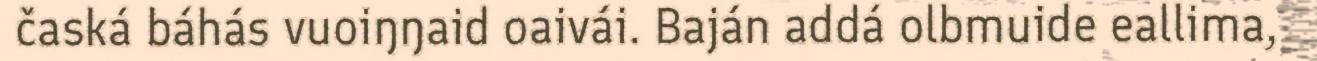
časká báhás vuoiŋŋaid oaivái. Baján addá olbmuide eallima,